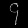
Digit: ၄